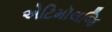
એટિમૉલજિ